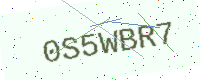
Text: 0S5WBR7